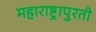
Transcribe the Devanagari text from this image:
महाराष्ट्रापुरती